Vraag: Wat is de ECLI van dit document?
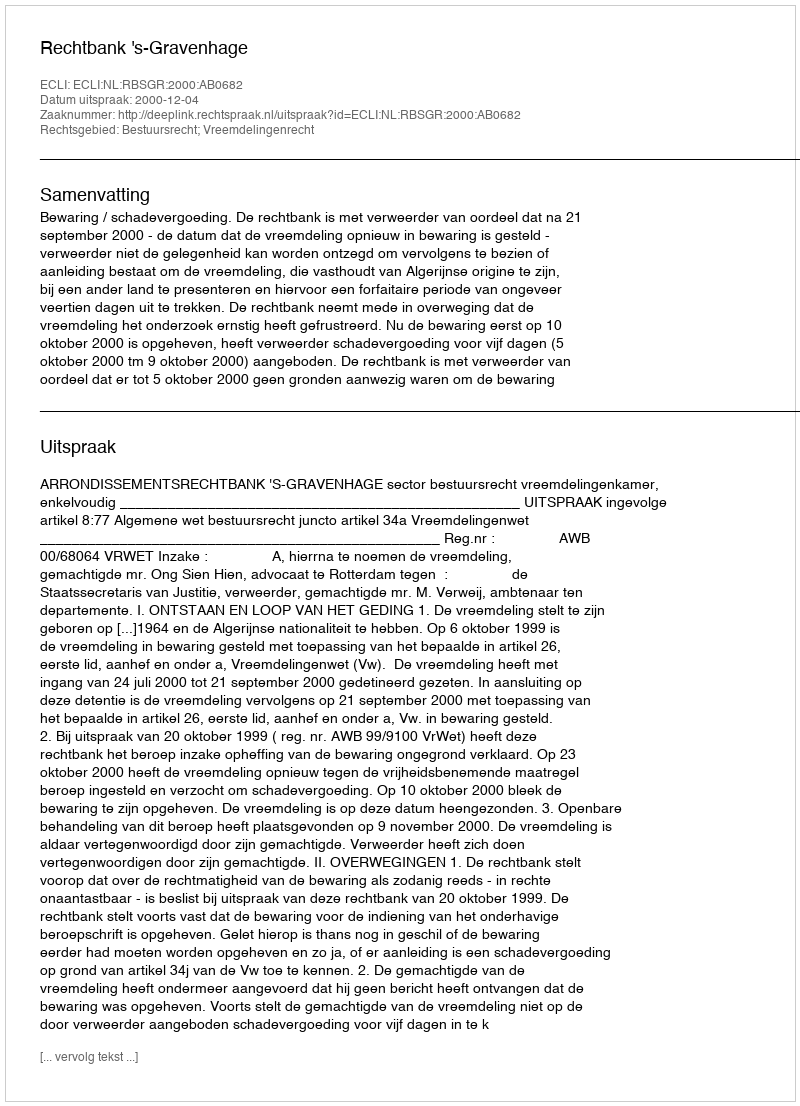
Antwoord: ECLI:NL:RBSGR:2000:AB0682